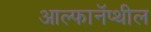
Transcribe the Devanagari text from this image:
आल्फानॅप्थील